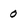
Character: O